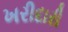
ખરીદારી